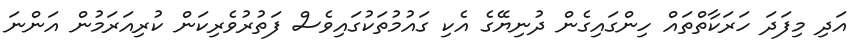
އަދި މިފަދަ ހަރަކާތްތައް ހިންގައިގެން ދުނިޔޭގެ އެކި ގައުމުތަކުގައިވެސް ފަތުރުވެރިކަން ކުރިއަރަމުން އަންނަ